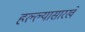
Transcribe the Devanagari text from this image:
हल्ल्यासारखे